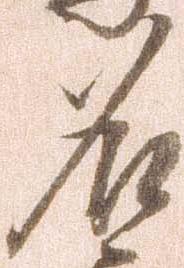
名